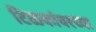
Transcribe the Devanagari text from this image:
टिळकांवरच्या